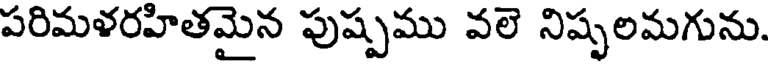
పరిమళరహితమైన పుష్పము వలె నిష్పలమగును.